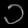
Digit: ၁